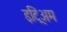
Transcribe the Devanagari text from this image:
इट्रिअम